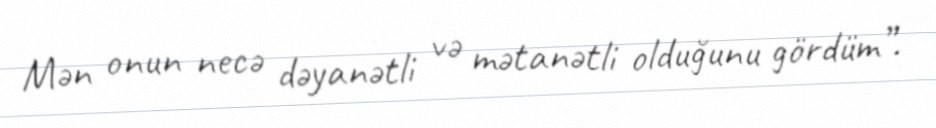
Mən onun necə dəyanətli və mətanətli olduğunu gördüm”.